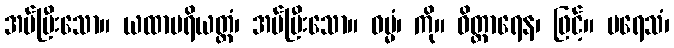
အပ်ပြီးသော။ ယထာပရိယတ္တံ၊ အပ်ပြီးသော။ ဓမ္မံ၊ ကို။ ဝိတ္တာရေန၊ ဖြင့်။ ပရေသံ၊